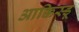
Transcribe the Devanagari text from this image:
आक्किस्डू